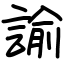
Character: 諭